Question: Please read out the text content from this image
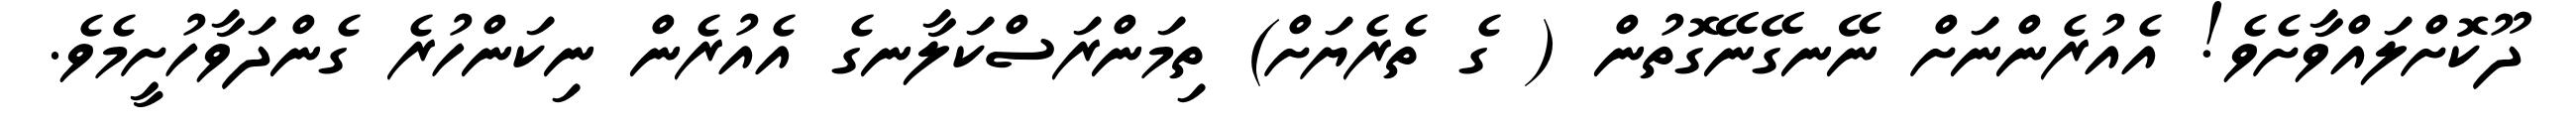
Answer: ދޫކޮށްލައްވާށެވެ! އެއުރެންނަށް ނޭނގޭނޭގޮތުން ( ގެ ތެރެޔަށް) ތިމަންރަސްކަލާނގެ އެއުރެން ނިކަންހުރެ ގެންދަވާހުށީމެވެ.